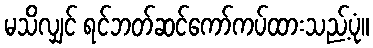
မသိလျှင် ရင်ဘတ်ဆင်ကော်ကပ်ထားသည့်ပုံ။